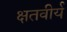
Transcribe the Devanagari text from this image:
क्षतवीर्य